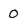
Character: 0